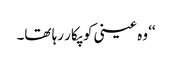
‘‘ وہ عینی کو پکار رہا تھا۔